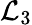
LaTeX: \mathcal{L}_{3}